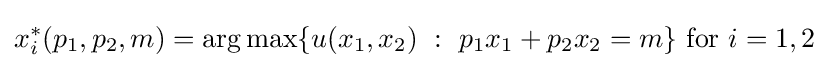
x_{i}^{*}(p_{1},p_{2},m)=\arg \max\{\,\!u(x_{1},x_{2}){\mbox{ }}:{\mbox{ }}p_{1}x_{1}+p_{2}x_{2}=m\}{\mbox{ for }}i=1,2